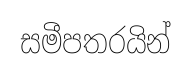
සමීපතරයින්